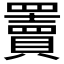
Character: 𦌷